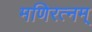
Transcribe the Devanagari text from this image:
मणिरत्‍नम्